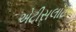
એટીસલાટ